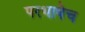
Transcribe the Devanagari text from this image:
परभाषेच